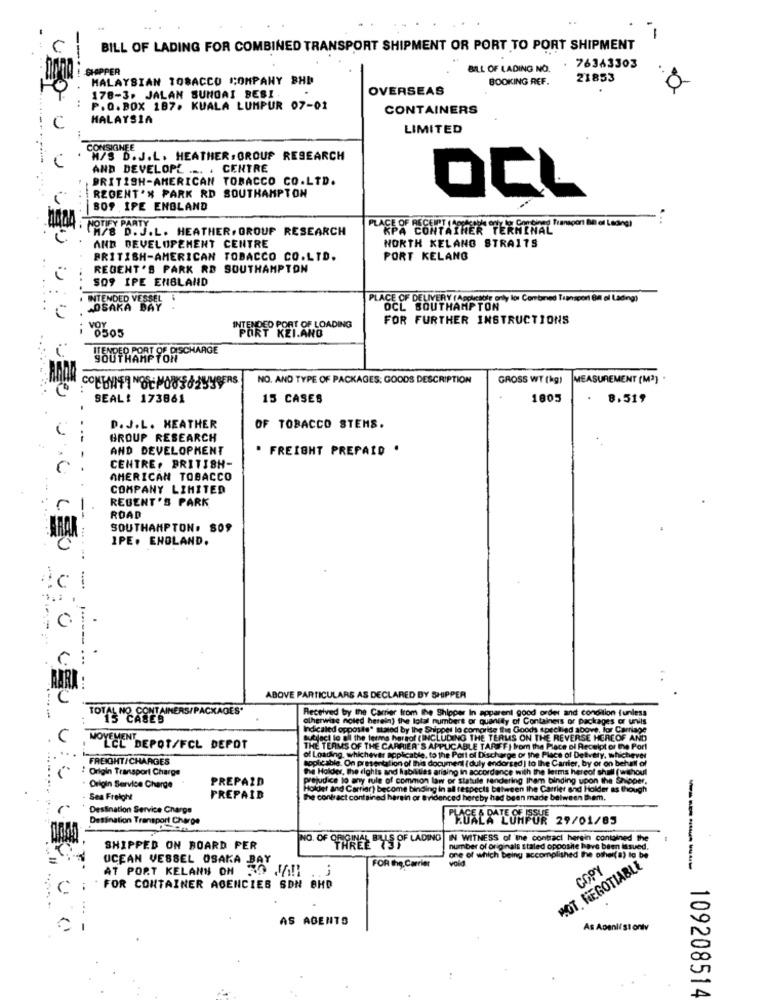
1-
BILL OF LADING FOR COMBINED TRANSPORT SHIPMENT OR PORT TO PORT SHIPMENT
76343303
SHOPPER
BILL OF LADING NO.
MALAYSIAN TOBACCO COMPANY SHD
BOOKING REF.
21853
178-3. JALAN SUNGAI BESI
OVERSEAS
P.O.BOX 187. KUALA LUMPUR 07-01
CONTAINERS
HALAYSIA
LIMITED
CONSIGNEE
M/S D.J.L. HEATHER , GROUP RESEARCH
AND DEVELOPE ... .
CENTRE
BRITISH-AMERICAN TOBACCO CO.LTD.
REGENT'S PARK RD SOUTHAMPTON
OCL
809 IPE ENBLAND
NOTIFY PARTY
M/8 D. J.L. HEATHER, OROUF RESEARCH
CONTAINER TERMINAL
NORTH KELAND STRAITS
AND DEVELOPEMENT CENTRE
BRITISH-AMERICAN TOBACCO CO.LTD.
PORT KELANG
REGENT'S PARK RD SOUTHAMPTON
309 IPE ENBLAND
INTENDED VESSEL
PLACE OF DELIVERY (Applicable only lot Combined Transport en el Lading)
OSAKA BAY
OCL SOUTHAMPTON
FOR FURTHER INSTRUCTIONS
0505
INTENDED PORT OF LOADING
PORT KEI.ANO
UTENPER PORT 9% DISCHARGE
NO. AND TYPE OF PACKAGES; GOODS DESCRIPTION
GROSS WT (kg)
MEASUREMENT (M2) .
SEAL: 173861
15 CASES
1805
. 8.519
D. J.L. HEATHER
OF TOBACCO STEMS.
GROUP RESEARCH
AND DEVELOPMENT
. FREIGHT PREPAID ·
CENTRE, BRITISH-
AMERICAN TOBACCO
COMPANY LIMITED
REGENT'S PARK
ROAD
SOUTHAMPTON. 809
LEU
IPE. ENGLAND.
...-.-.
0
ABOVE PARTICULARS AS DECLARED BY SHIPPER
Carrier from the Ship
good
ndition f unless
TOTAL NO CONTAINERS/PACKAGES.
the Iotal numbers or q
Packages
ckages or uvils
by the Shipper lo comprise the God
we. for Carriage
Braof (INCLUDING THE TERMIS ON THE REVERSE HERE
HEREOF AND
LCLDEPOT/FCL DEPOT
HIER'S APPLICABLE TARFFI From the Place of Receipt or
culpt or the Port
FREIGHT/CHARGES
Nicable, to the Port of Discharge of the Place of Detvery.
1of this document ( duly endorsed ] to the Carrier, by or on
: Origin Transport Charge
habilities arising in accordance with the lerms hereol sh
PREPAID
common law or Statule
aring them binding upon the
. Origin Service Charge
me binding in all respects between the Carrier and Holder
- Sea Freight
PREPAID
rein or Bridenced hereby had been made be
ham.
Destination Service Charge
Destination Transport Charge
PLAGE & DATE OFISS
LUMPUR 29/01/85
THREE "Y'S OF LADING
IN WITNESS of the contract herein contained the
SHIPPED ON BOARD PER
number of originals stated opposite have been issued,
o listed.
OCEAN VESSEL OSAKA BAY
one of which being accomplished the other(a) to be
vold
MOT. NEGOTIABLE
AT PORT KELANN OM
-
FOR Ihg.Carrier
COPY
----
FOR CONTAINER AGENCIES SDN BHD
AS AGENTS
As Apenlist ontv
..
109208514